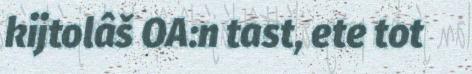
kijtolâš OA:n tast, ete tot